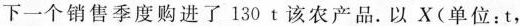
下一个销售季度购进了130t该农产品。以X(单位：t，